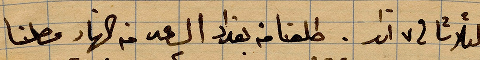
الثلاثا في ٧ اذار. طلعنا من بغداد الساعة ٢ من النهار وصلنا